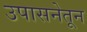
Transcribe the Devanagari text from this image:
उपासनेतून